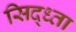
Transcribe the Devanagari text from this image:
सिद्ध्ता